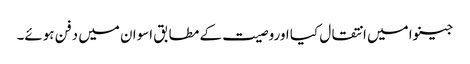
جینوا میں انتقال کیا اوروصیت کے مطابق اسوان میں دفن ہوئے۔